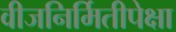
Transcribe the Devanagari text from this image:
वीजनिर्मितीपेक्षा